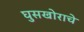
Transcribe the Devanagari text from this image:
घुसखोराचे